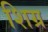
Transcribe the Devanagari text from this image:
शिग्र